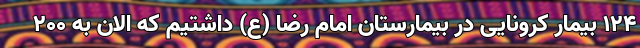
۱۲۴ بیمار کرونایی در بیمارستان امام رضا (ع) داشتیم که الان به ۲۰۰